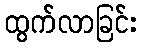
ထွက်လာခြင်း